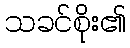
သခင်စိုး၏